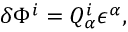
\delta \Phi ^ { i } = Q _ { \alpha } ^ { i } \epsilon ^ { \alpha } ,